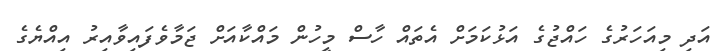
އަދި މިއަހަރުގެ ހައްޖުގެ އަޅުކަމަށް އެތައް ހާސް މީހުން މައްކާއަށް ޖަމާވެފައިވާއިރު އިއްޔެގެ